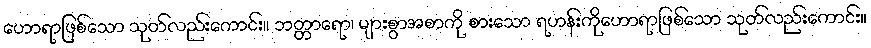
ဟောရာဖြစ်သော သုတ်လည်းကောင်း။ ဘတ္တာရော၊ များစွာအစာကို စားသော ရဟန်းကိုဟောရာဖြစ်သော သုတ်လည်းကောင်း။